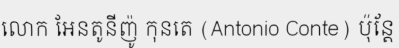
លោក អែនតូនីញ៉ូ កុនតេ (Antonio Conte) ប៉ុន្តែ